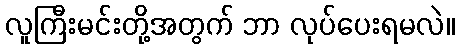
လူကြီးမင်းတို့အတွက် ဘာ လုပ်ပေးရမလဲ။